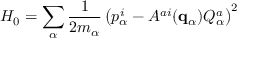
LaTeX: H _ { 0 } = \sum _ { \alpha } { \frac { 1 } { 2 m _ { \alpha } } } \left( p _ { \alpha } ^ { i } - A ^ { a i } ( { \bf q } _ { \alpha } ) Q _ { \alpha } ^ { a } \right) ^ { 2 }